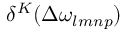
\delta ^ { K } ( \Delta \omega _ { l m n p } )